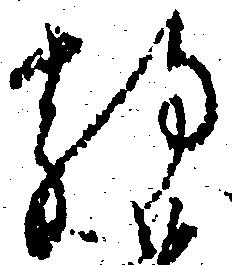
静